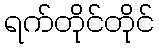
ရက်တိုင်တိုင်